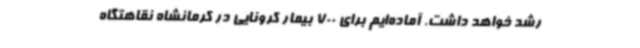
رشد خواهد داشت. آماده‌ایم برای 700 بیمار کرونایی در کرمانشاه نقاهتگاه